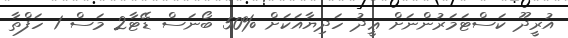
އުރީދޫ ކަސްޓަމަރުންނަށް ޢީދު ހަދިޔާއަކަށް %50 ބޯނަސް ޑޭޓާ2 މަސް 1 ހަފްތާ